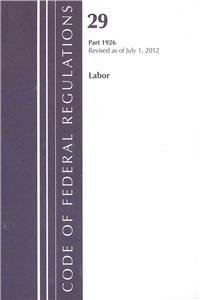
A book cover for Code of Federal Regulations, Title 29: Part 1926 (Labor) OSHA Construction: Revised 7/12; Law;